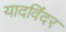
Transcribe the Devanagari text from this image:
यादविंदर